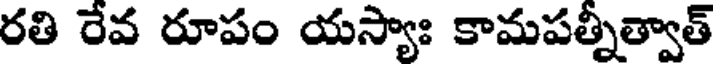
రతి రేవ రూపం యస్యాః కామపత్నీత్వాత్